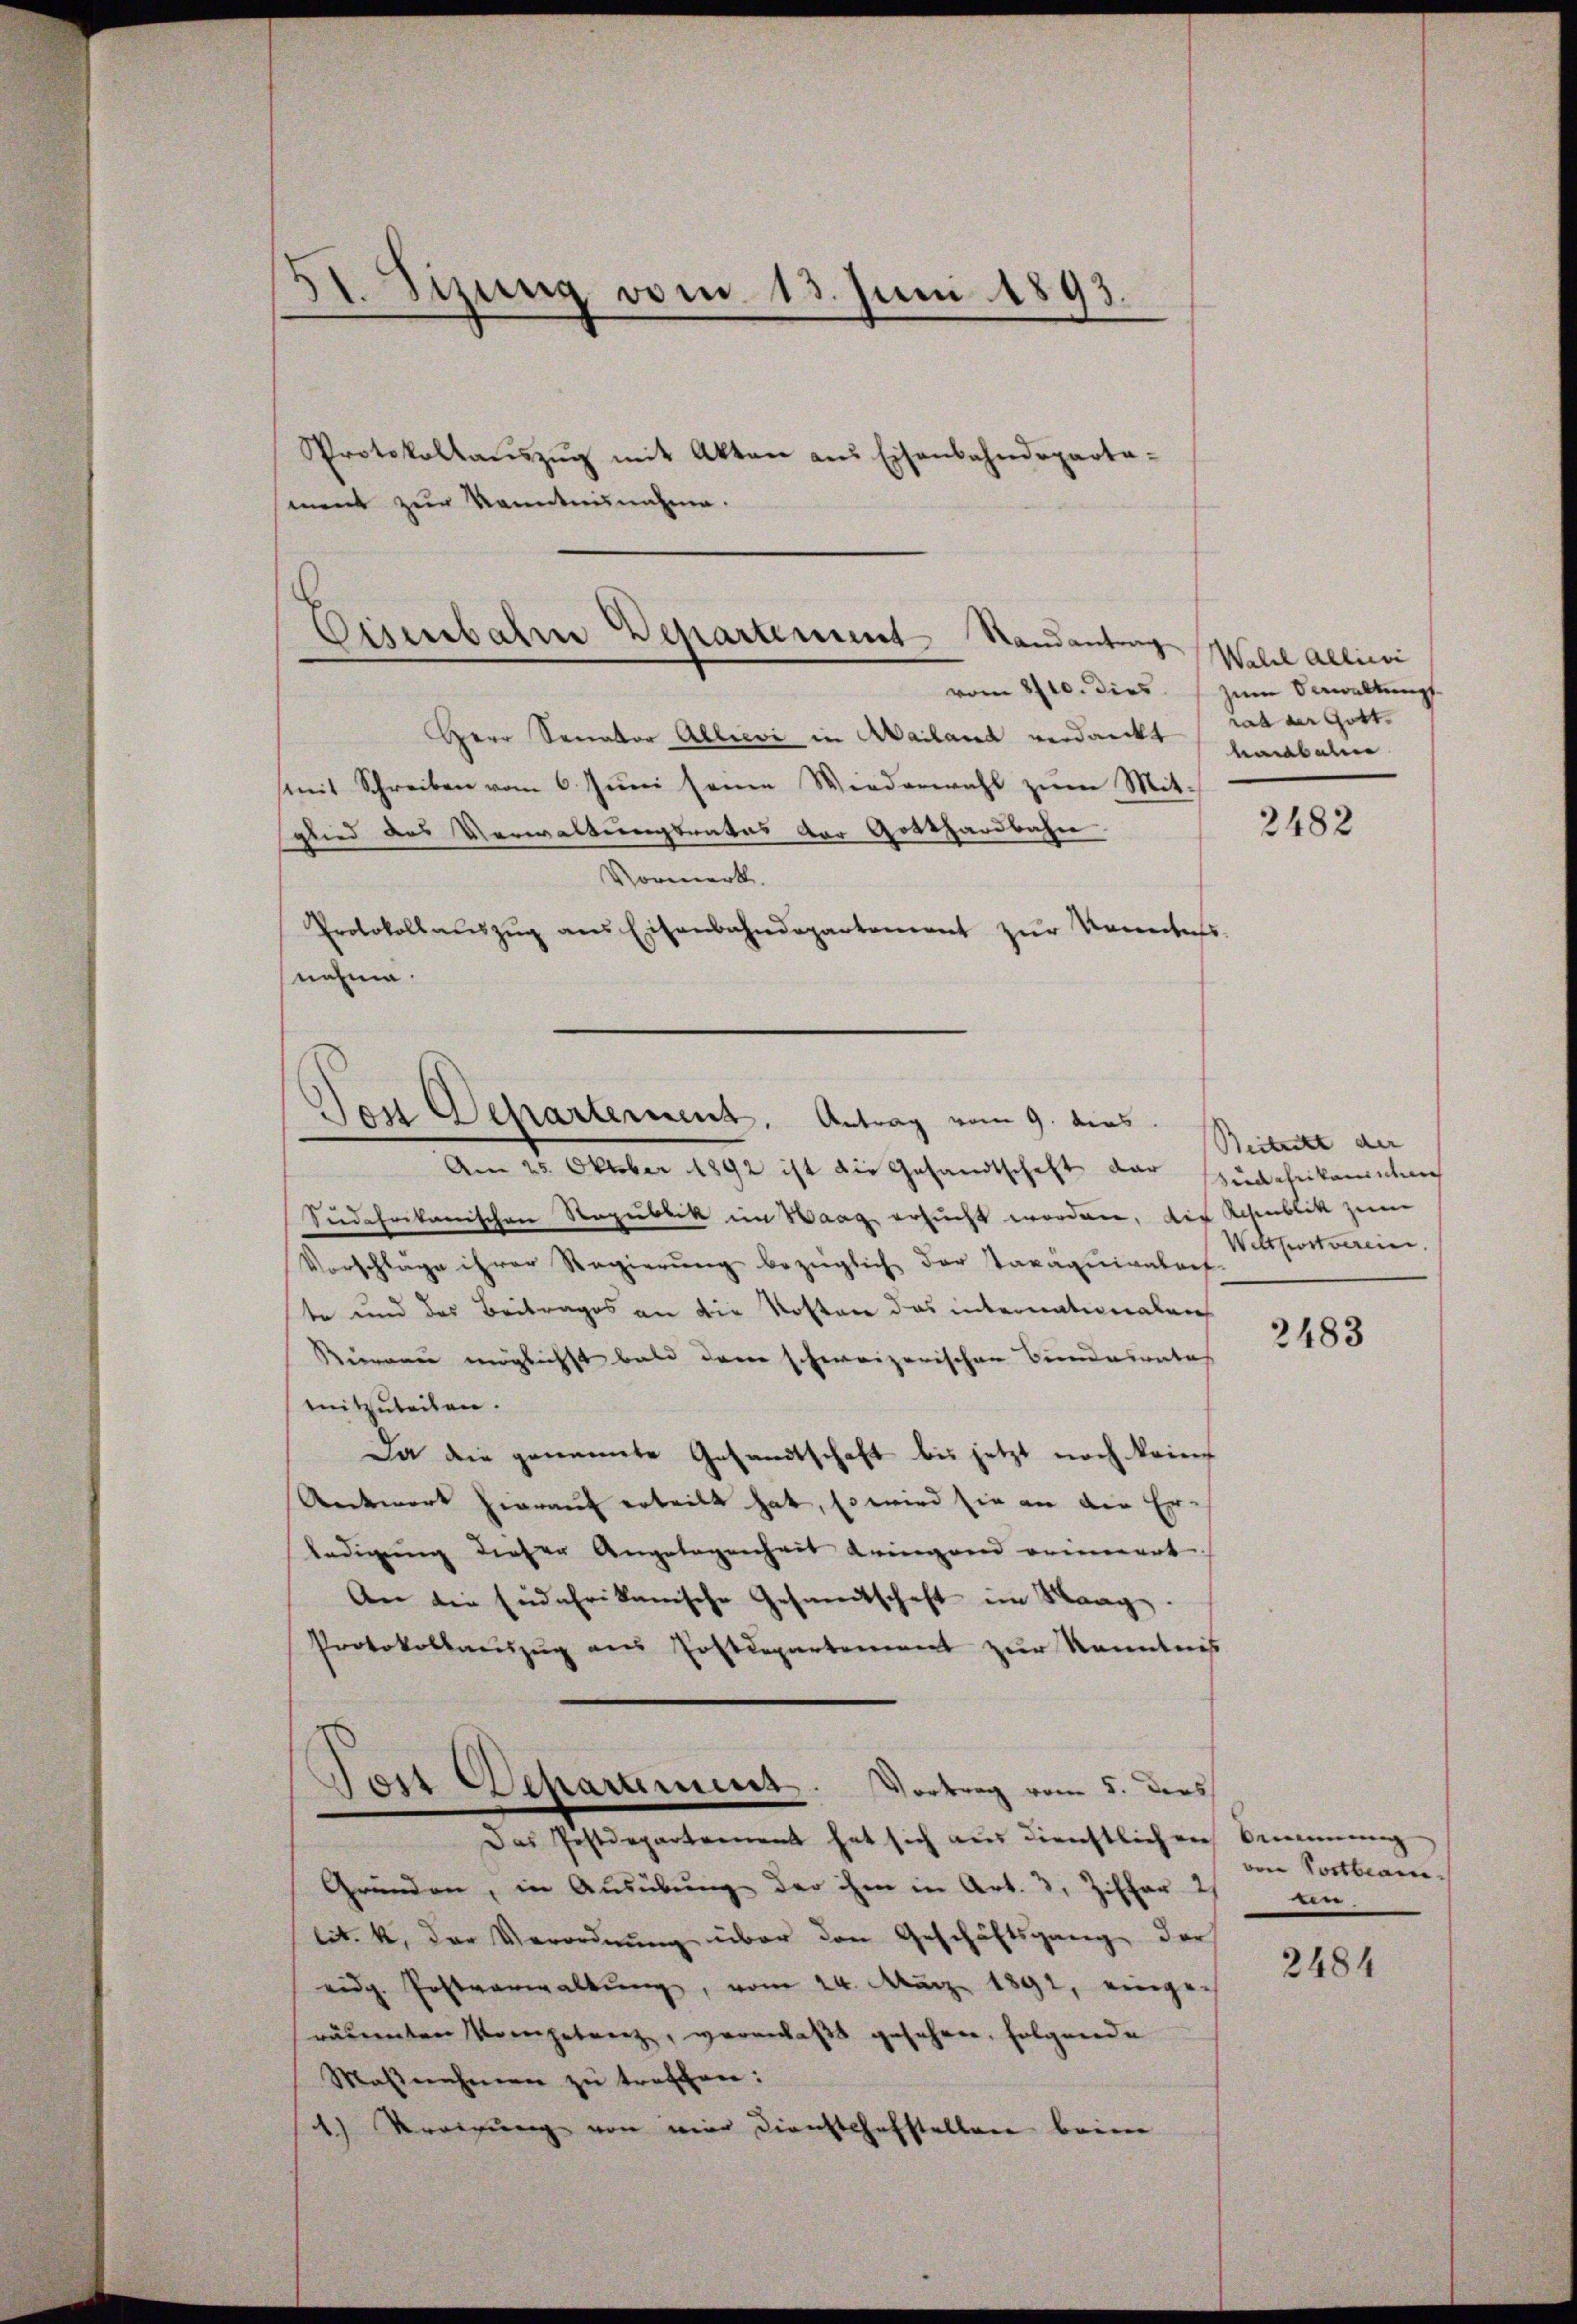
II. Sizung vom 13. Juni 1893.

Protokollaŭszŭg mit Akten aus Eisenbahndeparta-
ment zur Kenntnisnahme.

Eisenbahre Departement Standentrag
vom 8/10. dies zum Verwaltungs

Herr Senator Allervi in Mailand verdankt habene
(mit Schreiben vom 6. Juni seine Wiederwahl zum Mitglied das Verwaltungsrates der Gotthardbahn
Vormerk.
Protokollaŭszŭg ans Eisenbahndepartement zŭr Vereites.
snahme.

Den Departement. Antrag vom 9. dies

Am 25. Oktober 1892 ist die Gesandtschaft der Zuschikanisten
Siedchrikanischen Republik im Waag ersucht worden, die Schublik zum
Vorschlage ihrer Regierŭng bezüglich der Taxaquivatref
te und des Beitrages an die Kosten das internationalen
Biemann möglichst bald dann schweizerischen Bundesrates
mitzuteilen.
Da die genannte Gesandtschaft bis jetzt noch kein
Antwort hierauf erteilt hat, so wird sie an die Er-
ledigŭng dieser Angelegenheit bringen erinnert
An die Endafrikanische Gesandtschaft im Staag.
Protokollaŭszŭg ans Postdepartement zŭr Kenntnis
Dos Departmens. Vortrag vom 5. ders
Das Jestdepartement hat sich aus dienstlichen Simmung
Gründen, in Ausübung der ihm in Art. 3, Ziffer 2
lit. k, der Verordnung über den Geschäftsgang der
eidg. Postverwaltŭng, vom 24. März 1891, einge
räuenten Morgetrenz, veranlaßt gesehen, folgende
Maβnahmen zu treffen:
1) Veregŭng von mier Dienstchefstellen beim

Walde Alliivi
rat der Gott.

2482

Beitritt der |
Weltpostverein

2483

von Portbeam¬
An.

2484